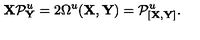
{ \bf X } { \cal P } _ { \bf Y } ^ { u } = 2 \Omega ^ { u } ( { \bf X } , { \bf Y } ) = { \cal P } _ { [ { \bf X } , { \bf Y } ] } ^ { u } .